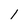
Character: 1